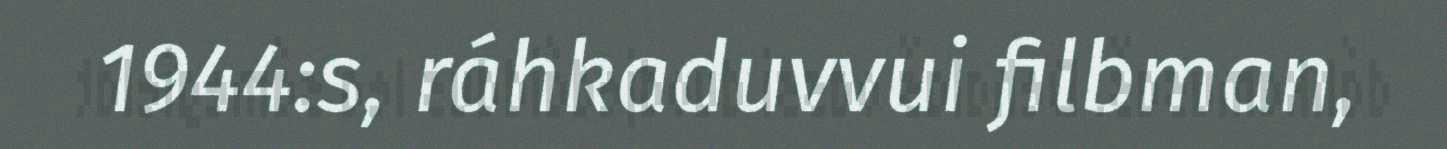
1944:s, ráhkaduvvui filbman,